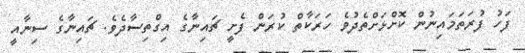
ފަހު ފުރަތަމައިނުން ކޮށްޅަށްތެދުވެ ހަރަކާތް ކުރަން ފެށީ ޗައިނާގެ އިގްތިސާދެވެ. ޗައިނާގެ ސިނާއީ